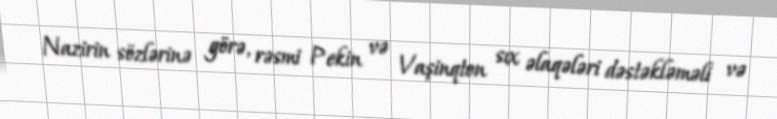
Nazirin sözlərinə görə, rəsmi Pekin və Vaşinqton sıx əlaqələri dəstəkləməli və